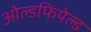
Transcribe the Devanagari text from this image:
ओल्डफियेल्ड